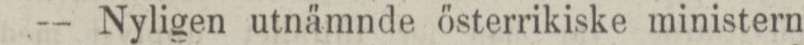
— Nyligen utnämnde österrikiske ministern